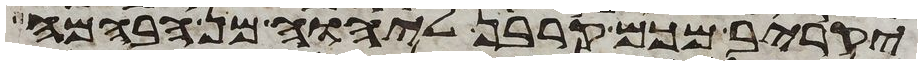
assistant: יקריב מכם קרבן ליהוה מן הבהמה